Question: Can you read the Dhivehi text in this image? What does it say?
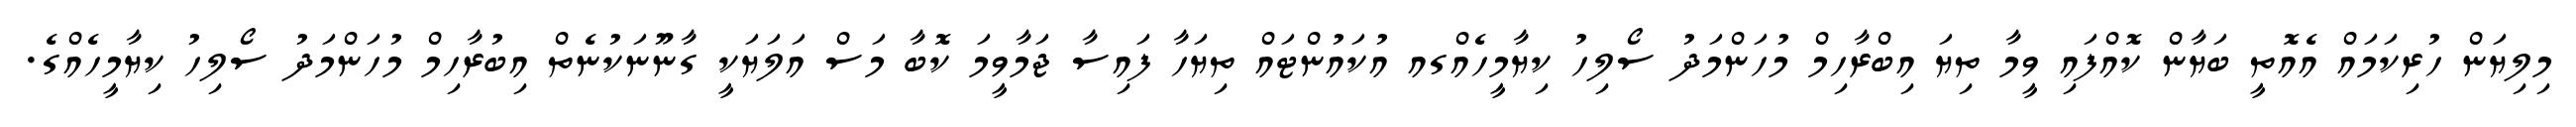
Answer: މިލިޔަން ހުރިކަމައް އެއޮތީ ބަޔާން ކޮއްފައި ވީމާ ތިޔަ އިބްރާހިމް މުހަންމަދު ސޯލިހު ކިޔާމީހެއްގއ އުކައުންޓައް ތިޔަހާ ފައިސާ ޖަމާވީމަ ކޮބާ މަސް އަލަޔަކީ ގާނޫނަކުނެތް އިބުރާހިމް މުހަންމަދު ސޯލިހު ކިޔާމީހެއްގެ.